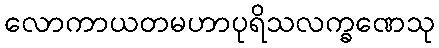
လောကာယတမဟာပုရိသလက္ခဏေသု